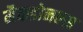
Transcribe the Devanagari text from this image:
मैकडोनल्स